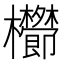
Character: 𣡑